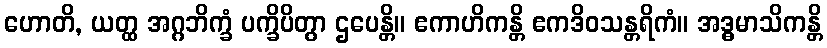
ဟောတိ, ယတ္ထ အဂ္ဂဘိက္ခံ ပက္ခိပိတွာ ဌပေန္တိ။ ဧကာဟိကန္တိ ဧကဒိဝသန္တရိကံ။ အဒ္ဓမာသိကန္တိ